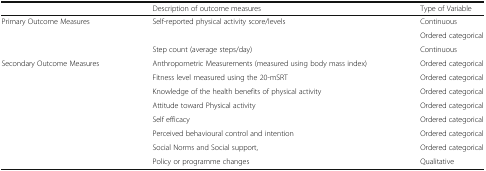
<table><thead><tr><td></td><td><b>Description of outcome measures</b></td><td><b>Type of Variable</b></td></tr></thead><tbody><tr><td rowspan="3">Primary Outcome Measures</td><td rowspan="2">Self-reported physical activity score/levels</td><td>Continuous</td></tr><tr><td>Ordered categorical</td></tr><tr><td>Step count (average steps/day)</td><td>Continuous</td></tr><tr><td rowspan="8">Secondary Outcome Measures</td><td>Anthropometric Measurements (measured using body mass index)</td><td>Ordered categorical</td></tr><tr><td>Fitness level measured using the 20-mSRT</td><td>Ordered categorical</td></tr><tr><td>Knowledge of the health benefits of physical activity</td><td>Ordered categorical</td></tr><tr><td>Attitude toward Physical activity</td><td>Ordered categorical</td></tr><tr><td>Self efficacy</td><td>Ordered categorical</td></tr><tr><td>Perceived behavioural control and intention</td><td>Ordered categorical</td></tr><tr><td>Social Norms and Social support,</td><td>Ordered categorical</td></tr><tr><td>Policy or programme changes</td><td>Qualitative</td></tr></tbody></table>